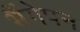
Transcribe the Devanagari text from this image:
भैंगेपन